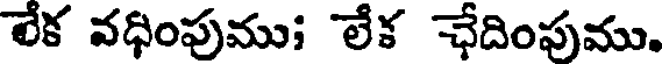
లేక వధింపుము; లేక ఛేదింపుము.